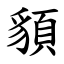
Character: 䫉